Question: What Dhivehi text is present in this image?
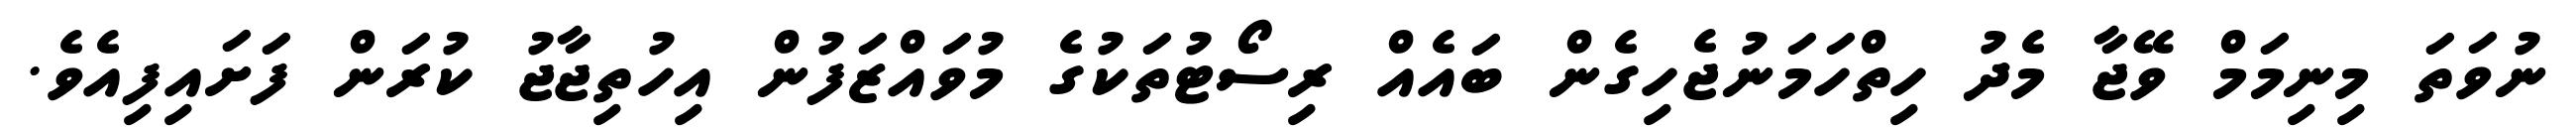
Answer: ނުވަތަ މިނިމަމް ވޭޖާ މެދު ހިތްހަމަނުޖެހިގެން ބައެއް ރިސޯޓުތަކުގެ މުވައްޒަފުން އިހުތިޖާޖު ކުރަން ފަށައިފިއެވެ.